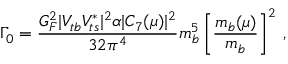
\Gamma _ { 0 } = { \frac { G _ { F } ^ { 2 } | V _ { t b } V _ { t s } ^ { * } | ^ { 2 } \alpha | C _ { 7 } ( \mu ) | ^ { 2 } } { 3 2 \pi ^ { 4 } } } m _ { b } ^ { 5 } \left[ \frac { m _ { b } ( \mu ) } { m _ { b } } \right] ^ { 2 } \, ,